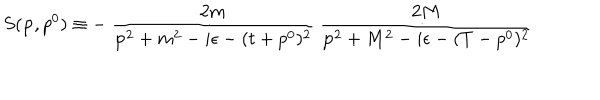
S ( { \bf p } , p ^ { 0 } ) \equiv - \: \frac { 2 m } { { \bf p } ^ { 2 } + m ^ { 2 } - i \epsilon - ( t + p ^ { 0 } ) ^ { 2 } } \: \frac { 2 M } { { \bf p } ^ { 2 } + M ^ { 2 } - i \epsilon - ( T - p ^ { 0 } ) ^ { 2 } }